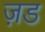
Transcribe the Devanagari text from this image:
ज़ड